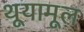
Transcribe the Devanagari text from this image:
थूयामूल